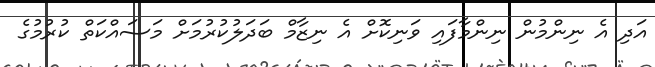
އަދި އެ ނިންމުން ނިންމާފައި ވަނިކޮށް އެ ނިޒާމް ބަދަލުކުރުމަށް މަސައްކަތް ކުރުމުގެ